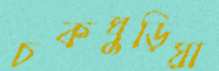
চকঘুড়িয়া